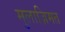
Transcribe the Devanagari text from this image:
मुलाज़िमत